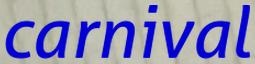
carnival